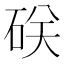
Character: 𥒆